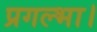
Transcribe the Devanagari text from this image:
प्रगल्भा।